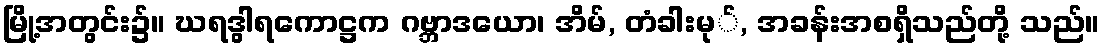
မြို့အတွင်း၌။ ဃရဒွါရကောဋ္ဌက ဂဗ္ဘာဒယော၊ အိမ်, တံခါးမု်, အခန်းအစရှိသည်တို့ သည်။